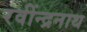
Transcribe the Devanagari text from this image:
रवींन्द्रनाथ